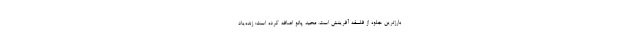
بارزترین جلوه از فلسفه آفرینش است. محید پاتو اضافه کرده است: زنده‌یاد